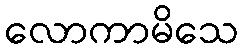
လောကာမိသေ